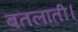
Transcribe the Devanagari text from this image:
बतलाती।